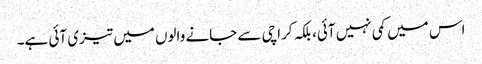
اس میں کمی نہیں آئی، بلکہ کراچی سے جانے والوں میں تیزی آئی ہے۔